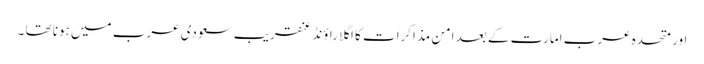
اور متحدہ عرب امارت کے بعد امن مذاکرات کا اگلا راؤنڈ عنقریب سعودی عرب میں ہونا تھا ۔